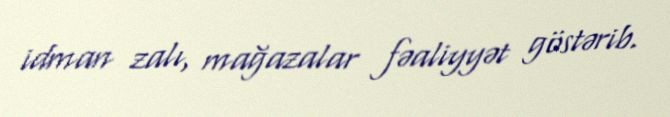
idman zalı, mağazalar fəaliyyət göstərib.